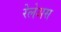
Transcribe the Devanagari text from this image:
रेलेअस